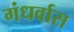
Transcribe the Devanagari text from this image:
गंधर्वास